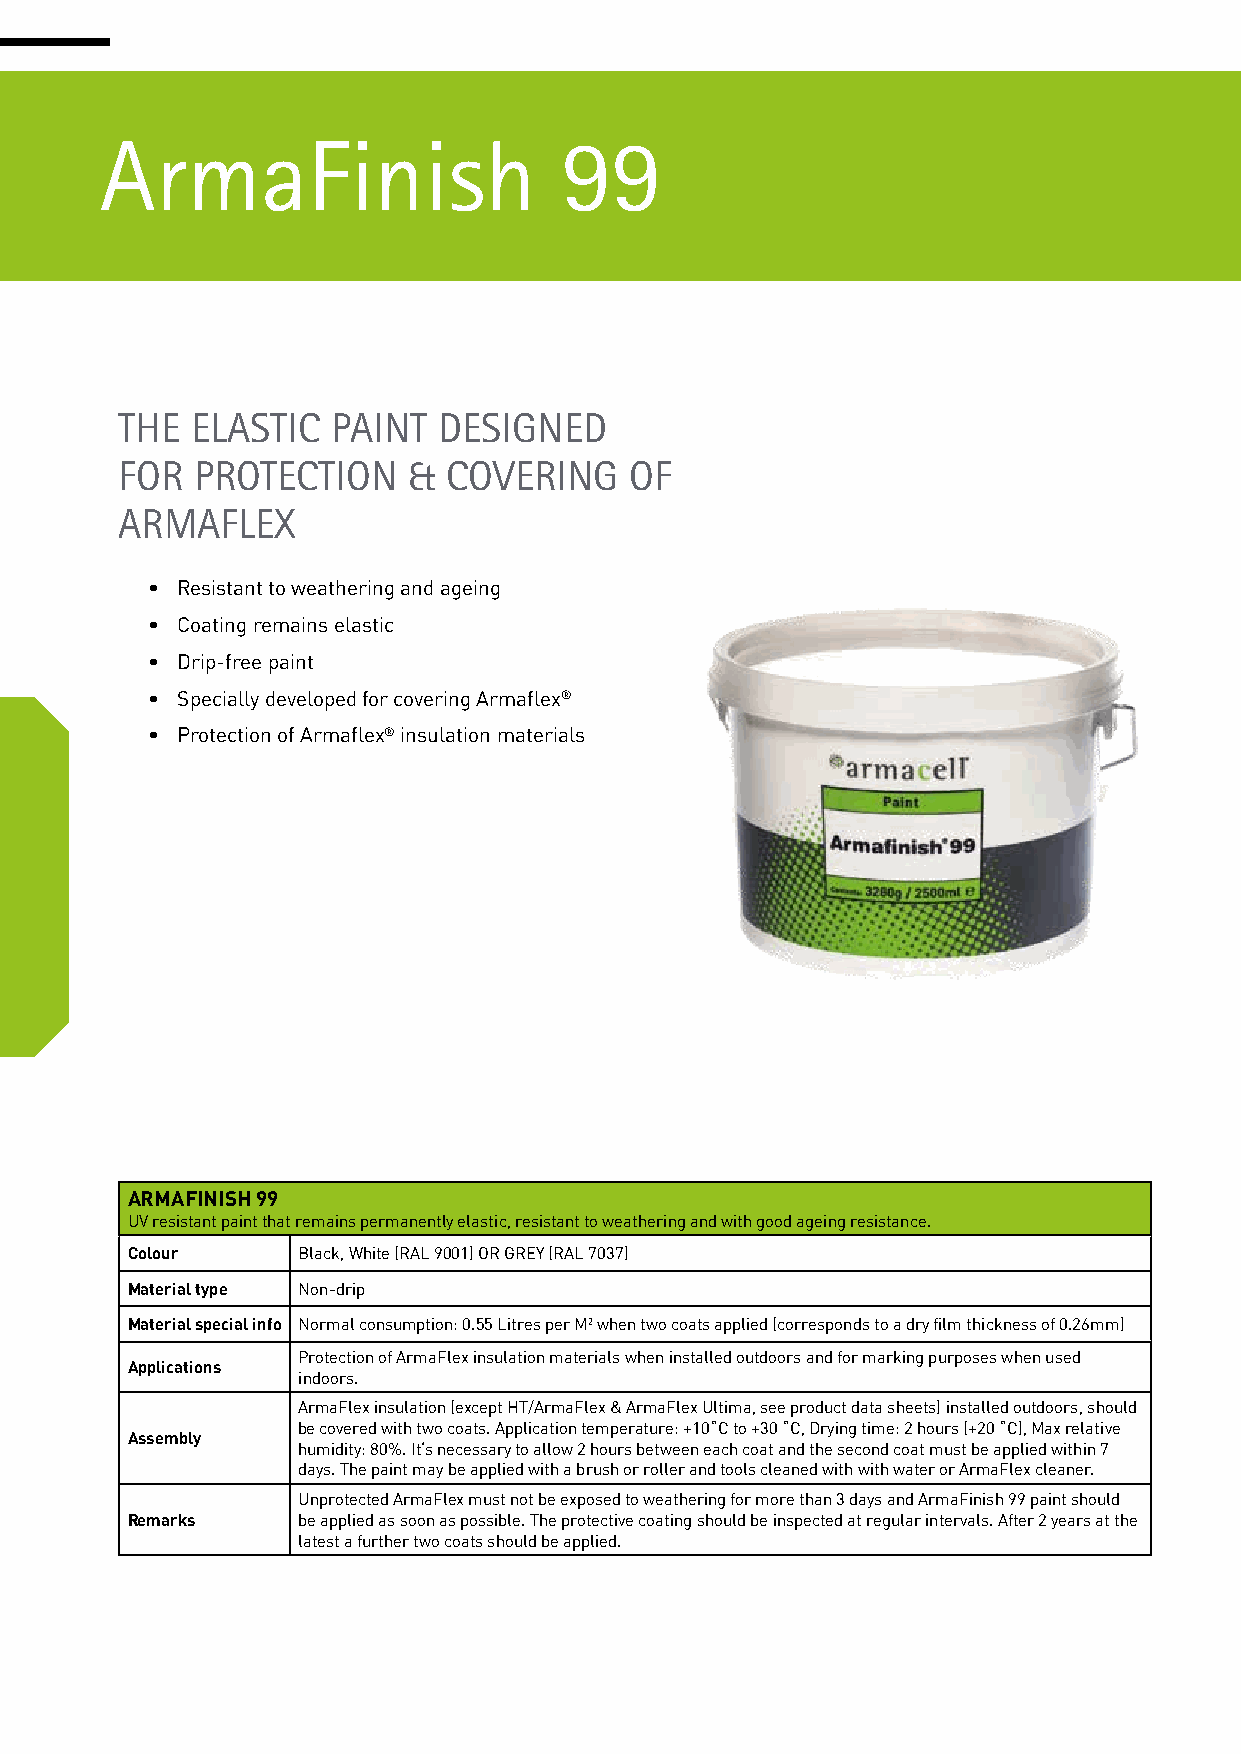
ArmaFinish                    99
 THE  ELASTIC  PAINT  DESIGNED
 FOR  PROTECTION    &  COVERING    OF
 ARMAFLEX
 • Resistant to weathering and ageing
 • Coating remains elastic
 • Drip-free paint
 • Specially developed for covering Armaflex®
 • Protection of Armaflex® insulation materials
 ARMAFINISH 99
 UV resistant paint that remains permanently elastic, resistant to weathering and with good ageing resistance.
 Colour      Black, White (RAL 9001) OR GREY (RAL 7037)
 Material type Non-drip
 Material special info Normal consumption: 0.55 Litres per M2 when two coats applied (corresponds to a dry film thickness of 0.26mm)
 Protection of ArmaFlex insulation materials when installed outdoors and for marking purposes when used
 Applications
 indoors.
 ArmaFlex insulation (except HT/ArmaFlex & ArmaFlex Ultima, see product data sheets) installed outdoors, should
 be covered with two coats. Application temperature: +10˚C to +30 ˚C, Drying time: 2 hours (+20 ˚C), Max relative
 Assembly
 humidity: 80%. It‘s necessary to allow 2 hours between each coat and the second coat must be applied within 7
 days. The paint may be applied with a brush or roller and tools cleaned with with water or ArmaFlex cleaner.
 Unprotected ArmaFlex must not be exposed to weathering for more than 3 days and ArmaFinish 99 paint should
 Remarks     be applied as soon as possible. The protective coating should be inspected at regular intervals. After 2 years at the
 latest a further two coats should be applied.